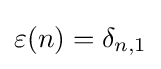
\varepsilon (n)=\delta _{n,1}